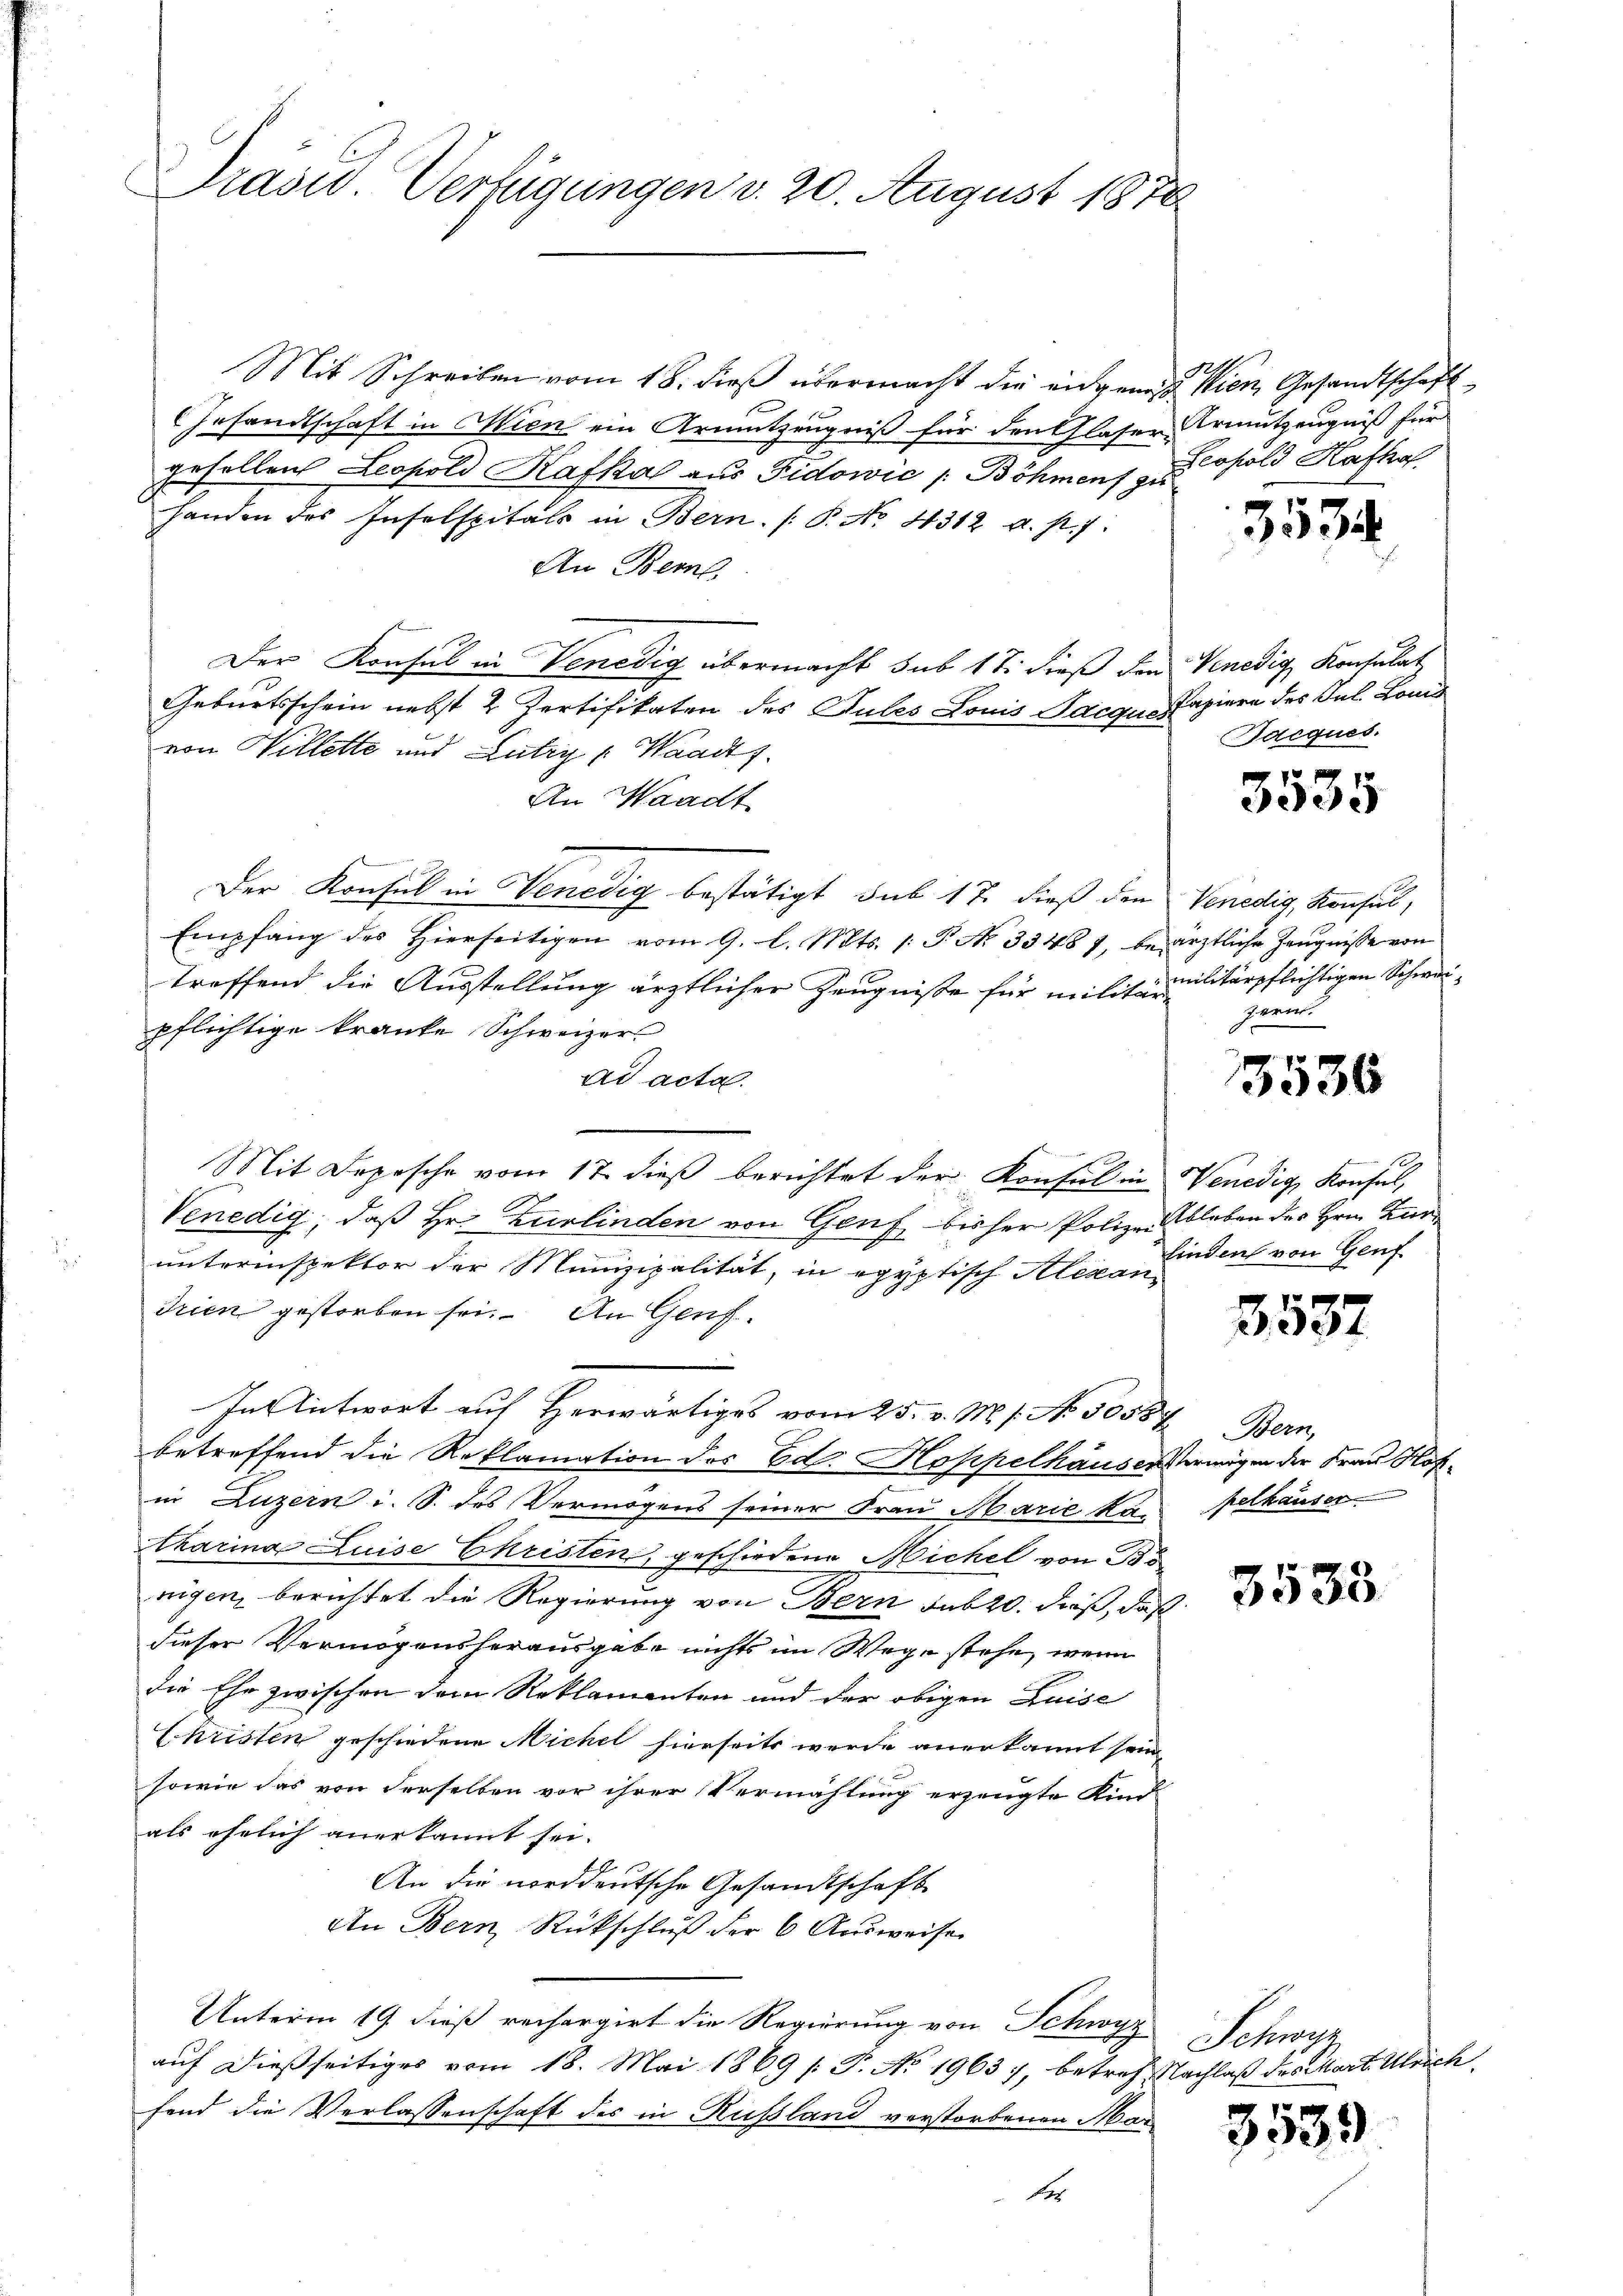
Präsid. Verfügungen d. 20. August 1878

Mit Schreiben vom 18. dieß übermacht die angen Wien, Gesandtschaft
Gesandtschaft in Wien ein Armutzeugniß für den Glaser Armutzeugniß für
gesellen Leopold Kafka aus Fidowić / Böhmens zu
handen des Inselspitals in Bern. P. No 4312 a. p. 7
An Berns
Der Konsul in Venedig übermacht sub 17. dieß den Venedig Konsulat
Geburtsschein nebst 2 Zertifikaten des Pules Louis Jacques Papiere des Jul. Lond
von Willette und Lutry (Waadt f.
An Waadt
Der Konsul in Venedig bestätigt sub 17. dieß den
Empfang des Hierseitigen vom 9. l. Mts. 1. P. Nr. 33487, besärztliche Zeugnisse von
treffend die Ausstellung ärztlicher Zeugnisse für militarilitärpflichtigen Schweipflichtige kranke Schweizer
ad acta.
Mit Depesche vom 17. dieß berichtet der Konsul in Wenedig, Konsul,
Venedig, daß Hr. Zurlinden von Genf bisher Polize Ableben des Hrn. Zuer
unterinspektor der Munizipalität, in egyptisch Alexan¬
Trien gestorben sei. An Genf.
In Antwort auf Herwärtiges vom 25. v. M. s. No. 50587
betreffend die Reklamation des Ed. Hoppelhäuser Vermögen der Frau Hofin Luzern i. S. des Vermögens seiner Frau Marie ka-
tharina Luise Ehristen, geschiedene Michel von Bo
nigen, berichtet die Regierung von Bern sub 20. dieß, daß
dieser Vermögensherausgabe nichts im Wege stehe, wenn
die Ehe zwischen dem Reklamenten und der obigen Luise
Christen geschiedene Michel hierseits werde anerkannt sein
sowie das von derselben vor ihrer Vermählung erzeugte Kind
als ehelich anerkannt sei.
An die norddeutsche Gesandtschaft
An Bern Rückschluß der 6 Ausweise
Unterm 19. dieß rechargirt die Regierung von Schwyz
auf dießseitiges vom 18. Mai 1869 /: P. No. 19637, betref Nachlaß des Mart. Ulrich
fend die Verlassenschaft des in Russland vorstorbenen Mar
Aar

Leopold Hafhaf

3534

Bacques.

3535

Venedig, Konsul,
zwei

3536

finden von Genf

2537

Bern,
pelhauser

3533

Schwyz

3539